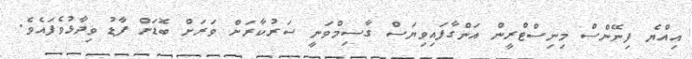
އިއްޔެ ފިނޭންސް މިނިސްޓްރީން އަންގާފައިވިޔަސް ގާސިމްވަނީ ސަރުކާރަށް ވަރަށް ބޮޑަށް ފާޑު ވިދާޅުވެފައެވެ.